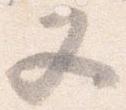
又